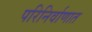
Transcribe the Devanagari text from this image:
परिनिर्वाणात